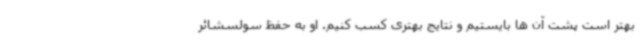
بهتر است پشت آن ها بایستیم و نتایج بهتری کسب کنیم. او به حفظ سولسشائر